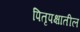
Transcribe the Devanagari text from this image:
पितृपक्षातील